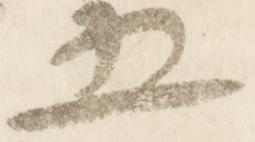
五